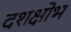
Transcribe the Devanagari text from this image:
दशक्षोभ